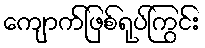
ကျောက်ဖြစ်ရုပ်ကြွင်း